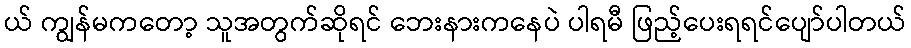
ယ် ကျွန်မကတော့ သူအတွက်ဆိုရင် ဘေးနားကနေပဲ ပါရမီ ဖြည့်ပေးရရင်ပျော်ပါတယ်